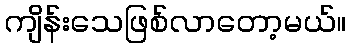
ကျိန်းသေဖြစ်လာတော့မယ်။